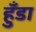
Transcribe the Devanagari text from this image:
हुँडा